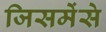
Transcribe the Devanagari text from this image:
जिसमेंसे